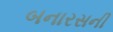
બનારસની